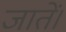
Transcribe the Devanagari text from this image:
जातें।